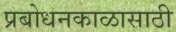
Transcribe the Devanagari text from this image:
प्रबोधनकाळासाठी